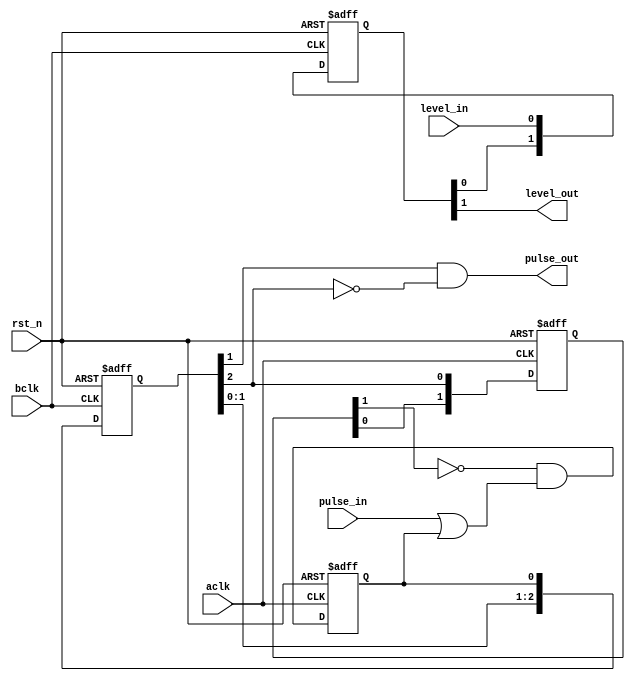
module sync 
(
    input   wire aclk,
    input   wire rst_n,
    input   wire bclk,
    input   wire level_in,
    input   wire pulse_in,
    output  wire level_out,
    output  wire pulse_out
);
    
reg pulse_in_sync;
reg[1:0] level_in_bclk;
reg[2:0] pulse_in_sync_bclk;
reg[1:0] pulse_in_sync_aclk;

always @(posedge aclk or negedge rst_n) 
begin
    if (!rst_n)
        pulse_in_sync <= 1'b0;
    else
        pulse_in_sync <= (~pulse_in_sync_aclk[1])&(pulse_in | pulse_in_sync);
end

always @(posedge bclk or negedge rst_n) 
begin
    if (!rst_n) begin
        pulse_in_sync_bclk <= 3'b0;
        level_in_bclk <= 2'b0;        
    end
    else begin
        pulse_in_sync_bclk <= {pulse_in_sync_bclk[1:0],pulse_in_sync};
        level_in_bclk <= {level_in_bclk[0],level_in};        
    end
end

always @(posedge aclk or negedge rst_n) 
begin
    if (!rst_n)
        pulse_in_sync_aclk <= 2'b0;
    else
        pulse_in_sync_aclk <= {pulse_in_sync_aclk[0],pulse_in_sync_bclk[2]};
end

assign pulse_out = pulse_in_sync_bclk[1]&(~pulse_in_sync_bclk[2]);
assign level_out = level_in_bclk[1];

endmodule